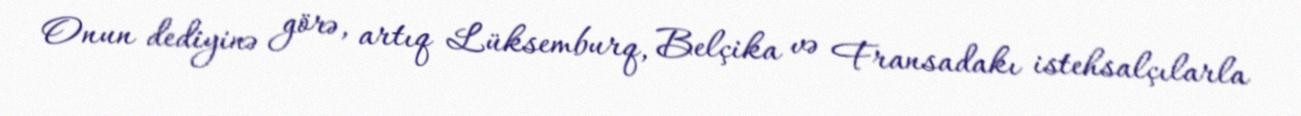
Onun dediyinə görə, artıq Lüksemburq, Belçika və Fransadakı istehsalçılarla